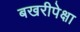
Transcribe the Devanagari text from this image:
बखरीपेक्षा